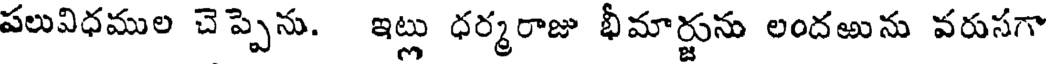
పలువిధముల చెప్పెను. ఇట్లు ధర్మరాజు భీమార్జును లందఱును వరుసగా